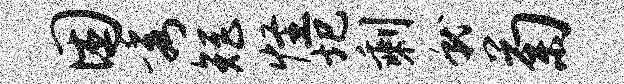
困秀矩怪圯剩就菊